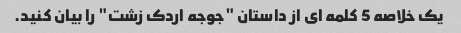
یک خلاصه 5 کلمه ای از داستان "جوجه اردک زشت" را بیان کنید.